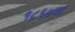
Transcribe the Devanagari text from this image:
१८९७चा